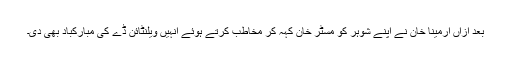
بعد ازاں ارمینا خان نے اپنے شوہر کو مسٹر خان کہہ کر مخاطب کرتے ہوئے انہیں ویلنٹائن ڈے کی مبارکباد بھی دی۔